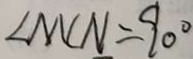
\angle M C N = 9 0 ^ { \circ }